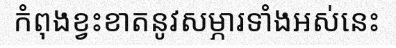
កំពុងខ្វះខាតនូវសម្ភារទាំងអស់នេះ